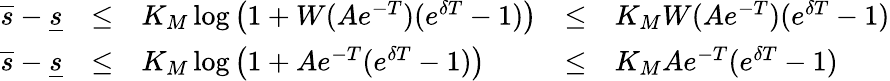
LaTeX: \begin{array}{rclcl}{\overline{{s}}-\underline{{s}}}&{\leq}&{K_{M}\log\left(1+W(Ae^{-T})(e^{\delta T}-1)\right)}&{\leq}&{K_{M}W(Ae^{-T})(e^{\delta T}-1)}\\ {\overline{{s}}-\underline{{s}}}&{\leq}&{K_{M}\log\left(1+Ae^{-T}(e^{\delta T}-1)\right)}&{\leq}&{K_{M}Ae^{-T}(e^{\delta T}-1)}\end{array}